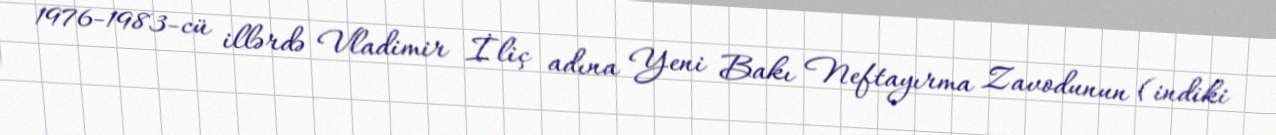
1976-1983-cü illərdə Vladimir İliç adına Yeni Bakı Neftayırma Zavodunun (indiki